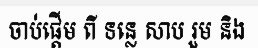
ចាប់ផ្តើម ពី ទន្លេ សាប រួម និង